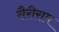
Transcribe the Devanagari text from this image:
सैरीराम